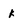
Character: k